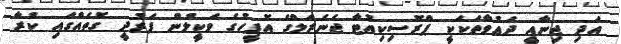
އަދި ޖިނާއީ ދަޢުވާތަކަކީ ޕްރޮސިކިއުޓާ ޖެނެރަލްގެ އޮފީހުގެ ވަކީލުން ފަރުދީ ގޮތެއްގައި ކުރާ